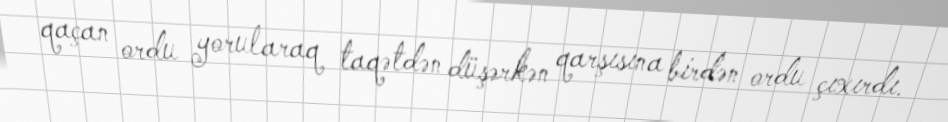
qaçan ordu yorularaq taqətdən düşərkən qarşısına birdən ordu çıxırdı.